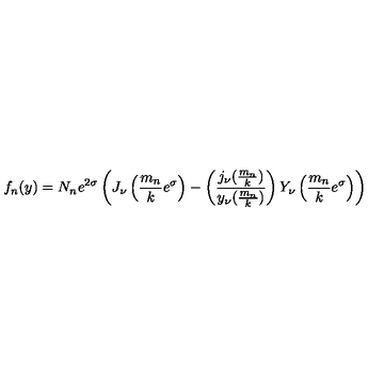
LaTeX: f _ { n } ( y ) = N _ { n } e ^ { 2 \sigma } \left( J _ { \nu } \left( { \frac { m _ { n } } { k } } e ^ { \sigma } \right) - \left( { \frac { j _ { \nu } ( { \frac { m _ { n } } { k } } ) } { y _ { \nu } ( { \frac { m _ { n } } { k } } ) } } \right) Y _ { \nu } \left( { \frac { m _ { n } } { k } } e ^ { \sigma } \right) \right)